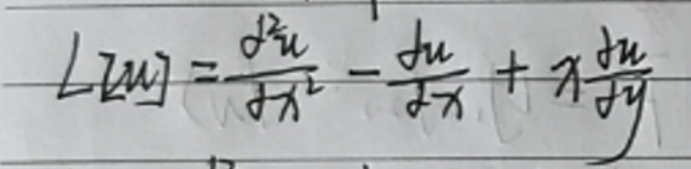
$L [ u ] = \frac { \partial ^ { 2 } u } { \partial x ^ { 2 } } - \frac { \partial u } { \partial x } + x \frac { \partial u } { \partial y }$